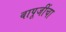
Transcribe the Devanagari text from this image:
बापूजींचा